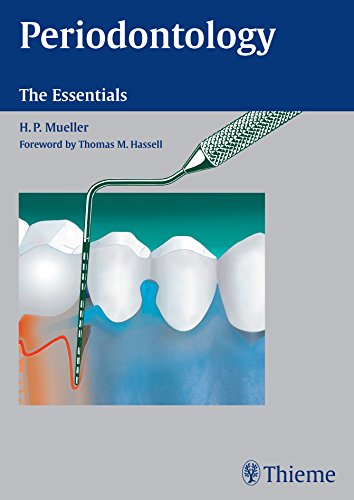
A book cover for Periodontology: The Essentials; Hans-Peter Mueller; Medical Books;